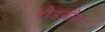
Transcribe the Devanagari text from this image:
रौडनीना